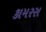
કામરસ